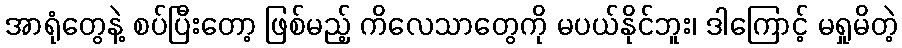
အာရုံတွေနဲ့ စပ်ပြီးတော့ ဖြစ်မည့် ကိလေသာတွေကို မပယ်နိုင်ဘူး၊ ဒါကြောင့် မရှုမိတဲ့